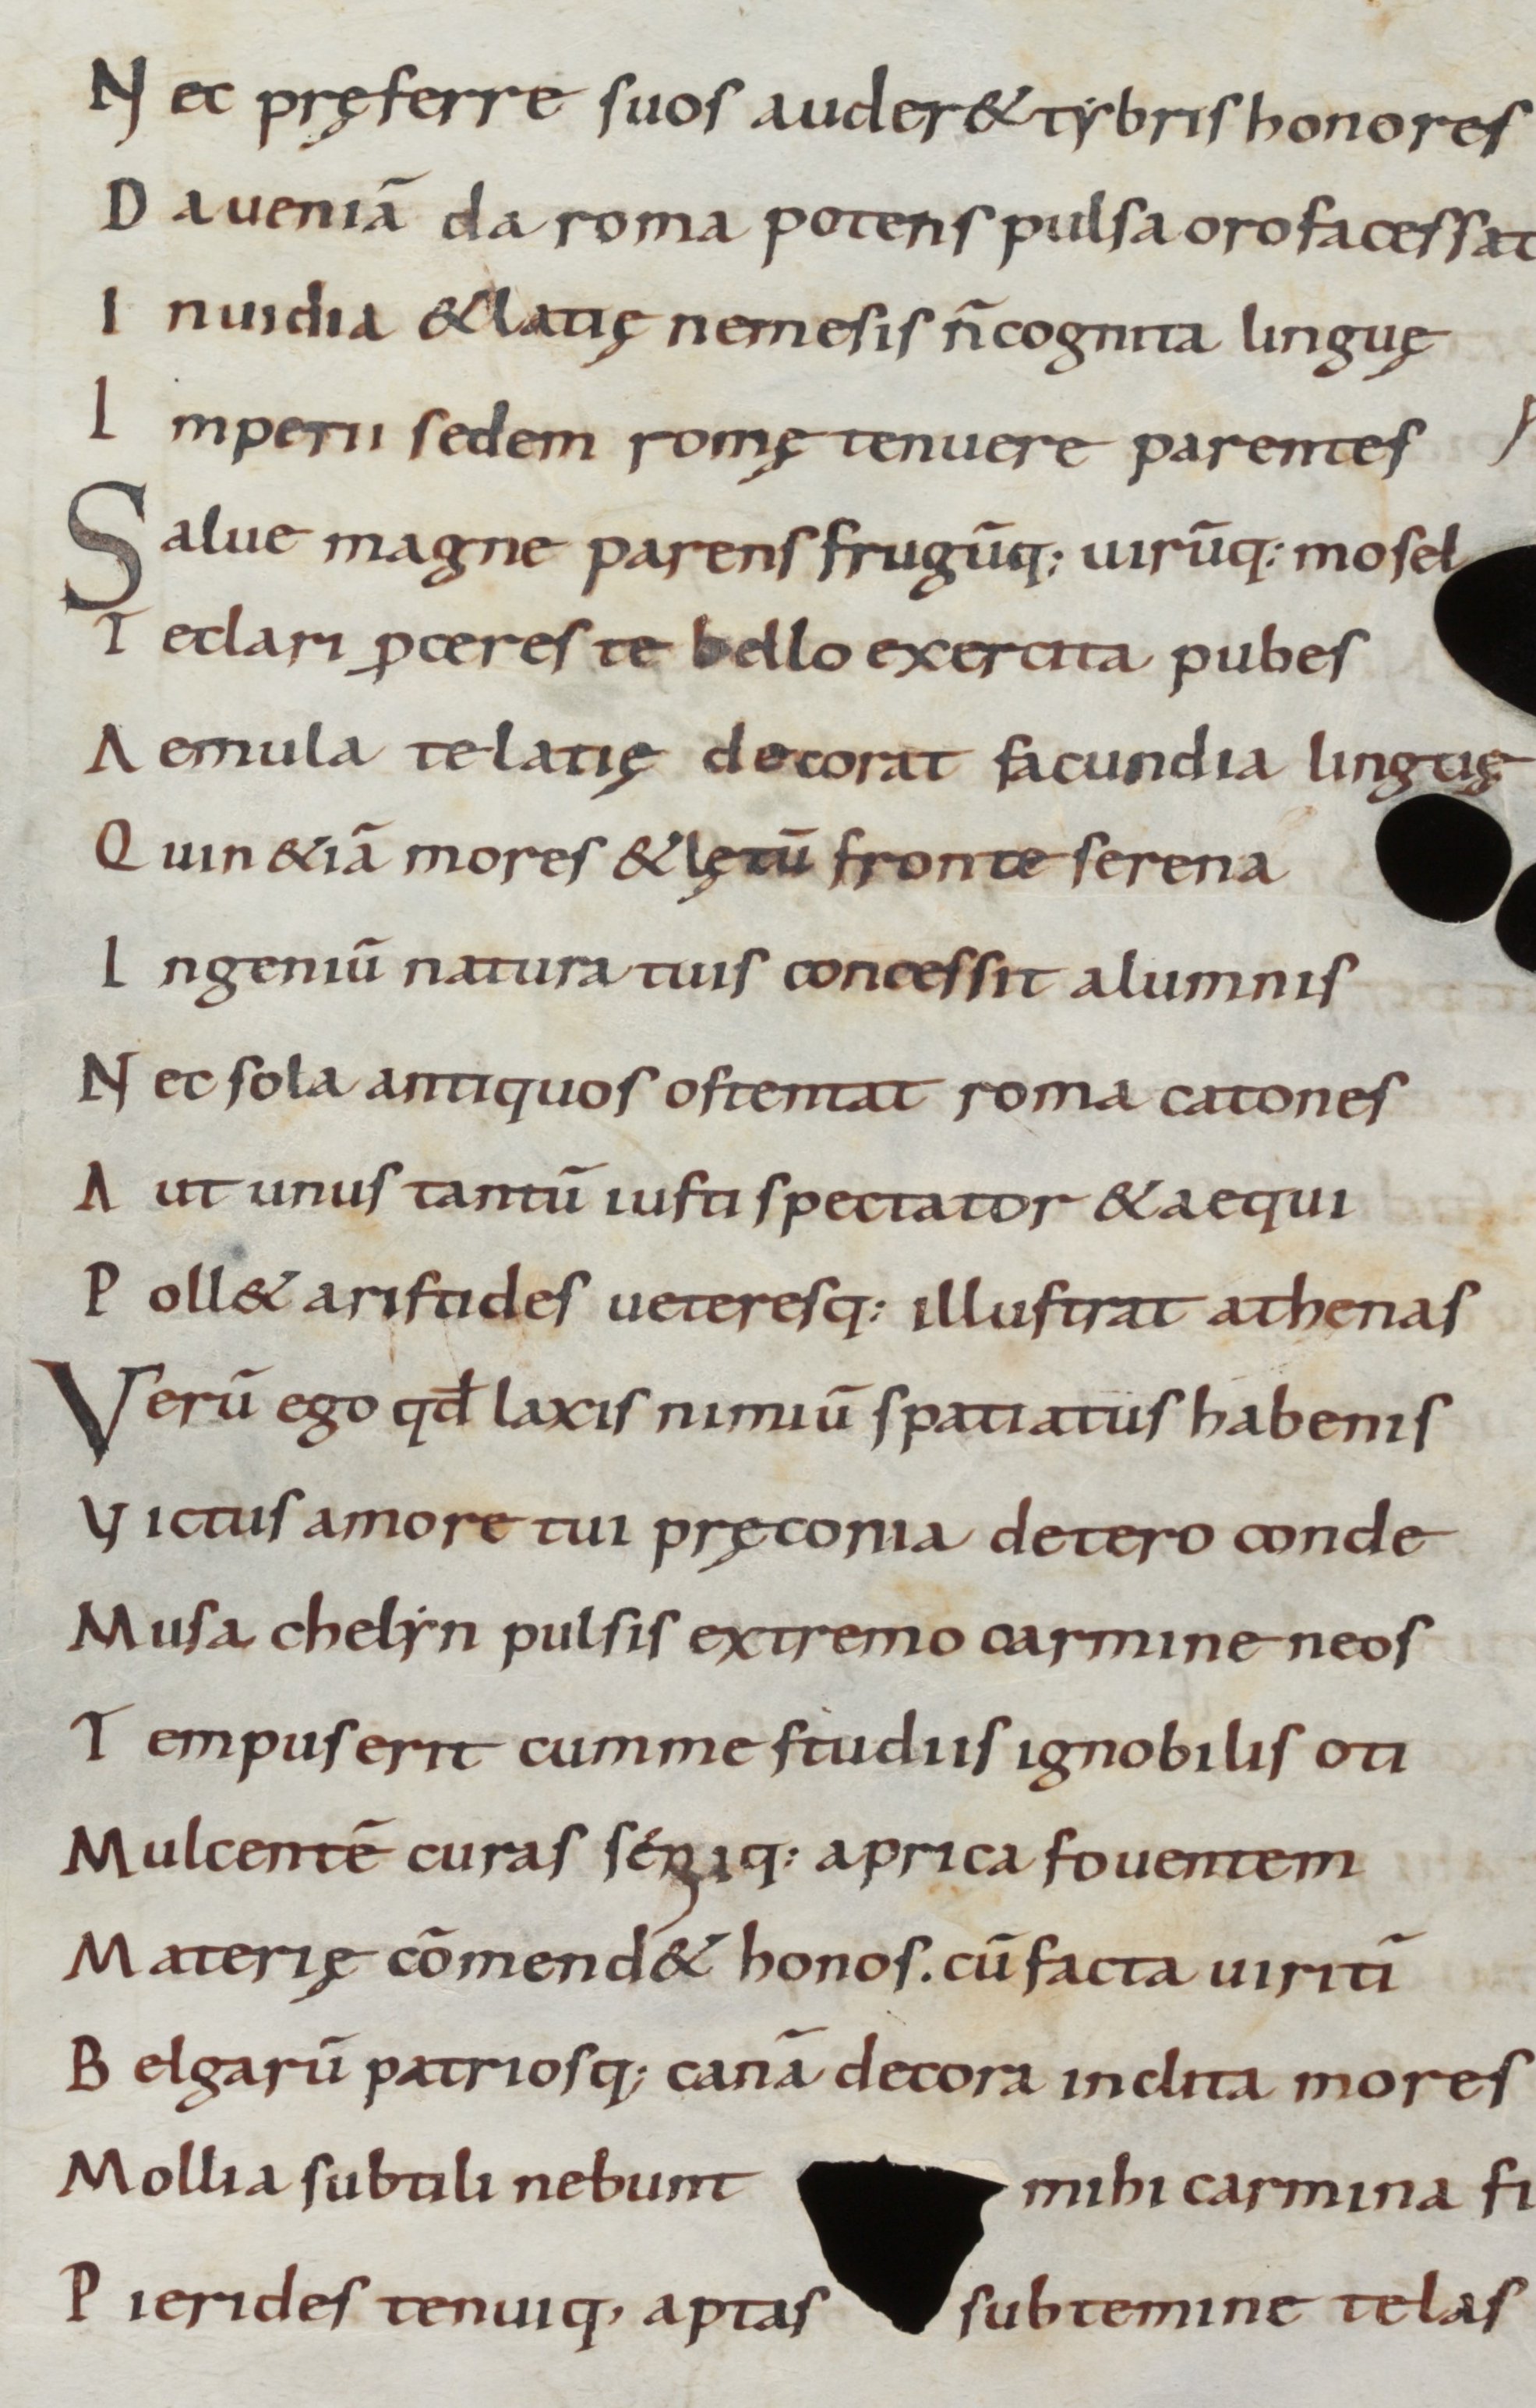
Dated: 900–999